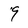
Character: 9